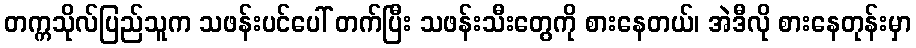
တက္ကသိုလ်ပြည်သူက သဖန်းပင်ပေါ် တက်ပြီး သဖန်းသီးတွေကို စားနေတယ်၊ အဲဒီလို စားနေတုန်းမှာ